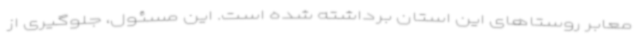
معابر روستاهای این استان برداشته شده‌ است. این مسئول، جلوگیری از